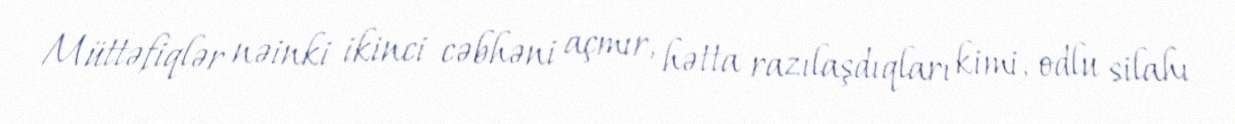
Müttəfiqlər nəinki ikinci cəbhəni açmır, hətta razılaşdıqları kimi, odlu silahı